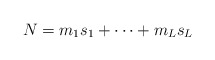
\begin{align*}N = m_1 s_1 + \cdots + m_L s_L \end{align*}